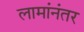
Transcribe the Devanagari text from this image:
लामांनंतर